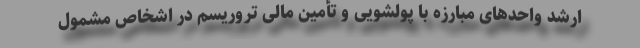
ارشد واحدهای مبارزه با پولشویی و تأمین مالی تروریسم در اشخاص مشمول